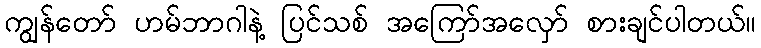
ကျွန်တော် ဟမ်ဘာဂါနဲ့ ပြင်သစ် အကြော်အလှော် စားချင်ပါတယ်။